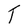
Character: T